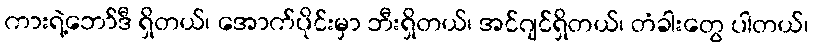
ကားရဲ့ဘော်ဒီ ရှိတယ်၊ အောက်ပိုင်းမှာ ဘီးရှိတယ်၊ အင်ဂျင်ရှိတယ်၊ တံခါးတွေ ပါတယ်၊